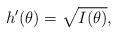
LaTeX: \begin{align*}h'(\theta) = \sqrt{I(\theta)},\end{align*}